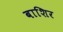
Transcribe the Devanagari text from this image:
बाशिर